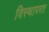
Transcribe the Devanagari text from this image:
विस्थापरत